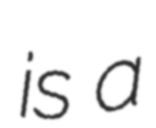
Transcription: is a